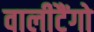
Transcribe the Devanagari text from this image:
वालीटैंगो